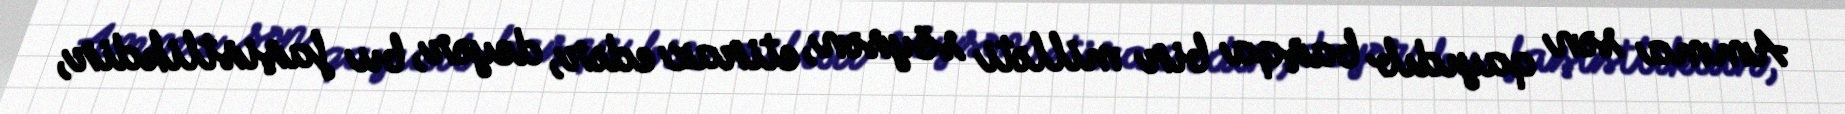
Amma sən qayıdıb başqa bir milləti söysən, etiraz edər, deyər, bu faşistlikdir,